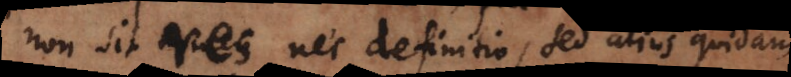
non sit nomen nec definitio, sed alius quidam